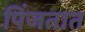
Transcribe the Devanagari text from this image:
पिंजतात